Leningradi_Edasi_toimetus, lk 36
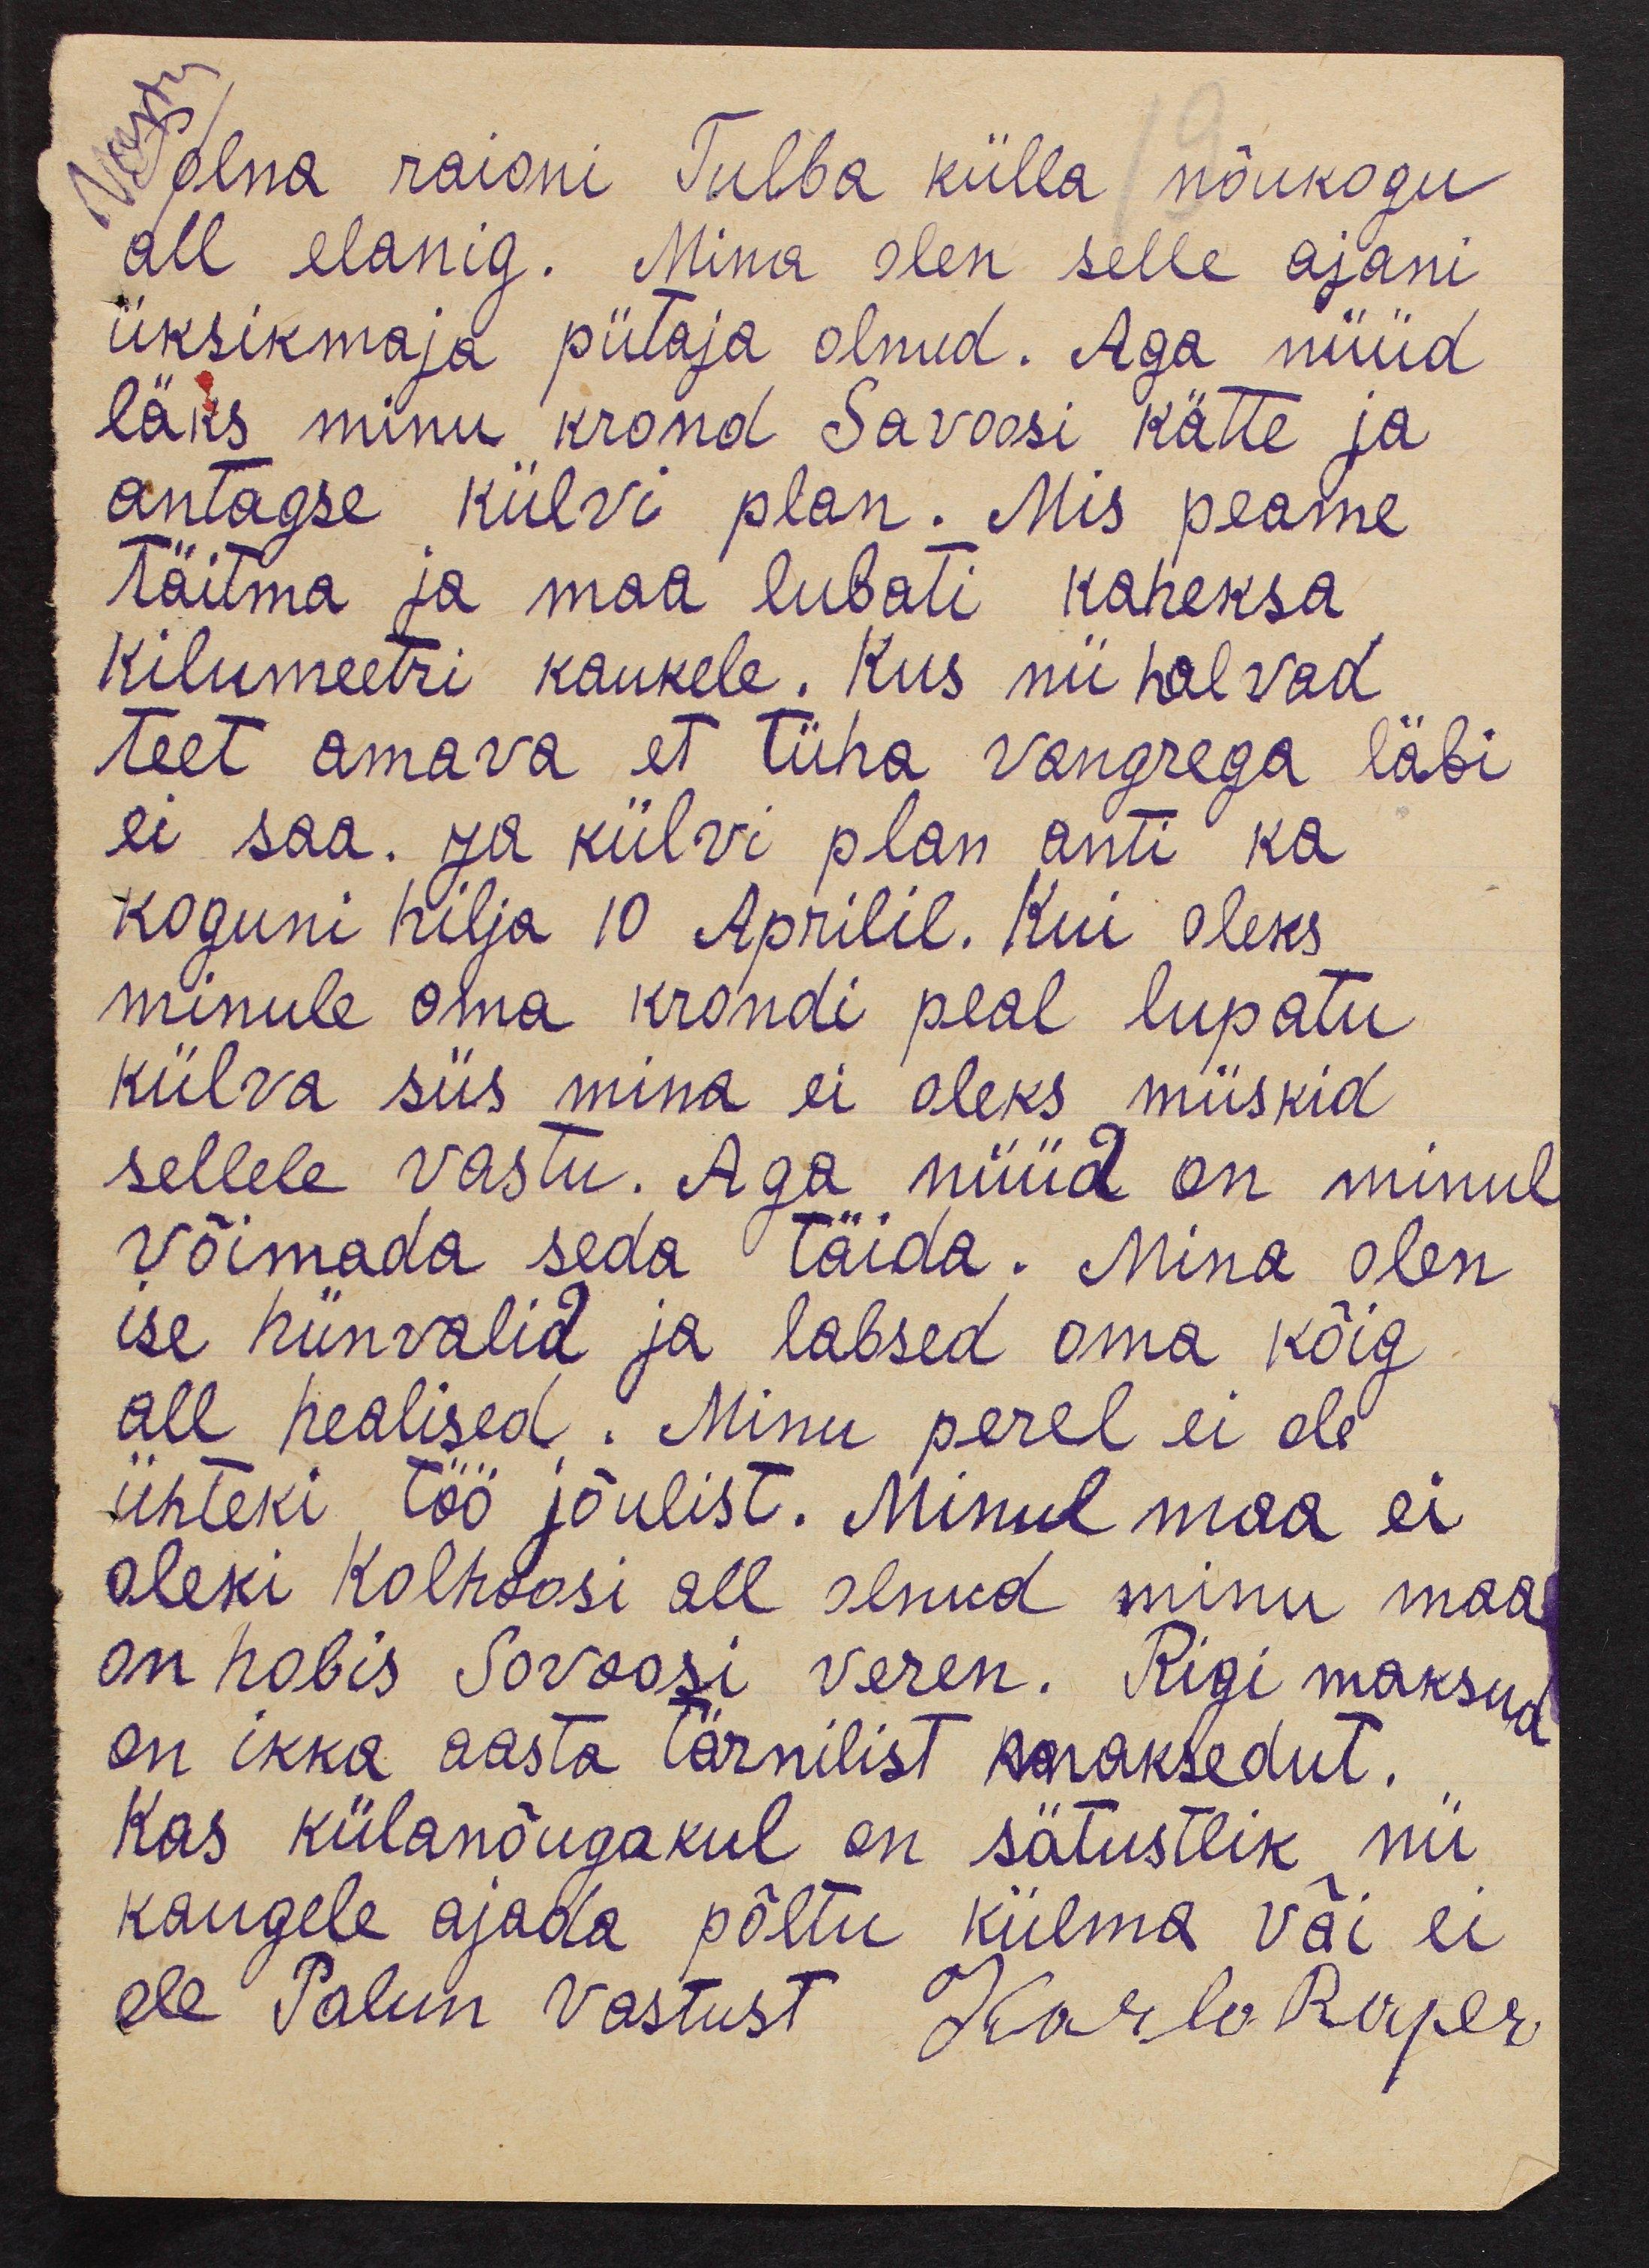
Polna raioni Tulba külla nõukogu
all elanig. Mina olen selle ajani
üksikmaja piitaja olnud. Aga nüüd
läks minu krond Savoosi kätte ja
antagse külvi plan. Mis peame
täitma ja maa lubati kaheksa
kilumeetri kaukele. Kus nii halvad
teet omava et tüha vangrega läbi
ei saa. Ja külvi plan anti ka
koguni hilja 10 Aprilil. Kui oleks
minule oma krondi peal lupatu
külva siis mina ei oleks miiskid
sellele vastu. Aga nüüd on minul
võimada seda täida. Mina olen
ise hiinvalid ja lapsed oma kõig
all healised. Minu perel ei olei
ühteki töö jõulist. Minul maa ei
oleki kolhoosi all olnud minu maa
on hobis Sovoosi veren. Rigi maksud
on ikka aasta tärnilist maksedut.
Kas külanõugakul on sätustlik nii
kaugele ajada põltu külma või ei
ole Palun vastust Karla Raper